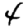
Digit: 4